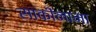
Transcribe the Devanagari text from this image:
साकीनामा